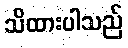
သိထားပါသည်